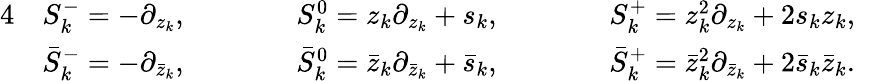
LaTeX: \begin{array}{rlrlrlr}{{4}}&{S_{k}^{-}=-\partial_{z_{k}},\qquad}&&{S_{k}^{0}=z_{k}\partial_{z_{k}}+s_{k},\qquad}&&{S_{k}^{+}=z_{k}^{2}\partial_{z_{k}}+2s_{k}z_{k},}&\\ &{\bar{S}_{k}^{-}=-\partial_{\bar{z}_{k}},\qquad}&&{\bar{S}_{k}^{0}=\bar{z}_{k}\partial_{\bar{z}_{k}}+\bar{s}_{k},\qquad}&&{\bar{S}_{k}^{+}=\bar{z}_{k}^{2}\partial_{\bar{z}_{k}}+2\bar{s}_{k}\bar{z}_{k}.}&\end{array}